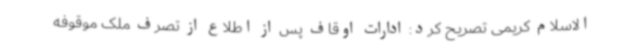
الاسلام کریمی تصریح کرد: ادارات اوقاف پس از اطلاع از تصرف ملک موقوفه